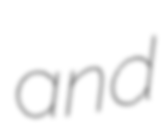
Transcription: and